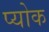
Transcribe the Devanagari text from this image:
प्योक